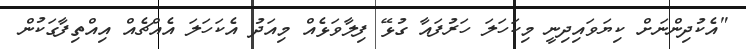
"އެކުދިންނަށް ކިޔަވައިދިނީ މިކަހަލަ ހަރުފައާ ގުޅޭ ފިލާވަޅެއް މިއަދު އެކަހަލަ އެއްޗެއް އިއްތިފާގަކުން